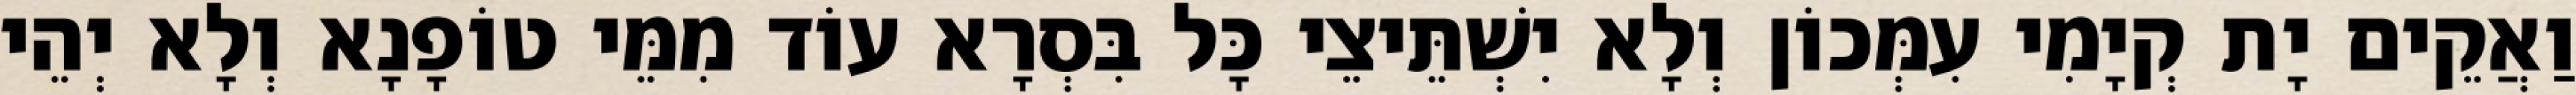
וַאֲקֵים יָת קְיָמִי עִמְּכוֹן וְלָא יִשְׁתֵּיצֵי כָּל בִּסְרָא עוֹד מִמֵּי טוֹפָנָא וְלָא יְהֵי